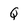
Character: Q